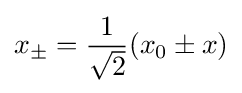
x_{\pm }={\frac {1}{\sqrt {2}}}(x_{0}\pm x)